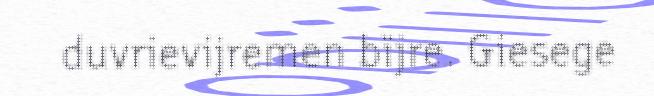
duvrievijremen bïjre. Giesege